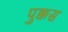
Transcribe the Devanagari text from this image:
पुक्कस